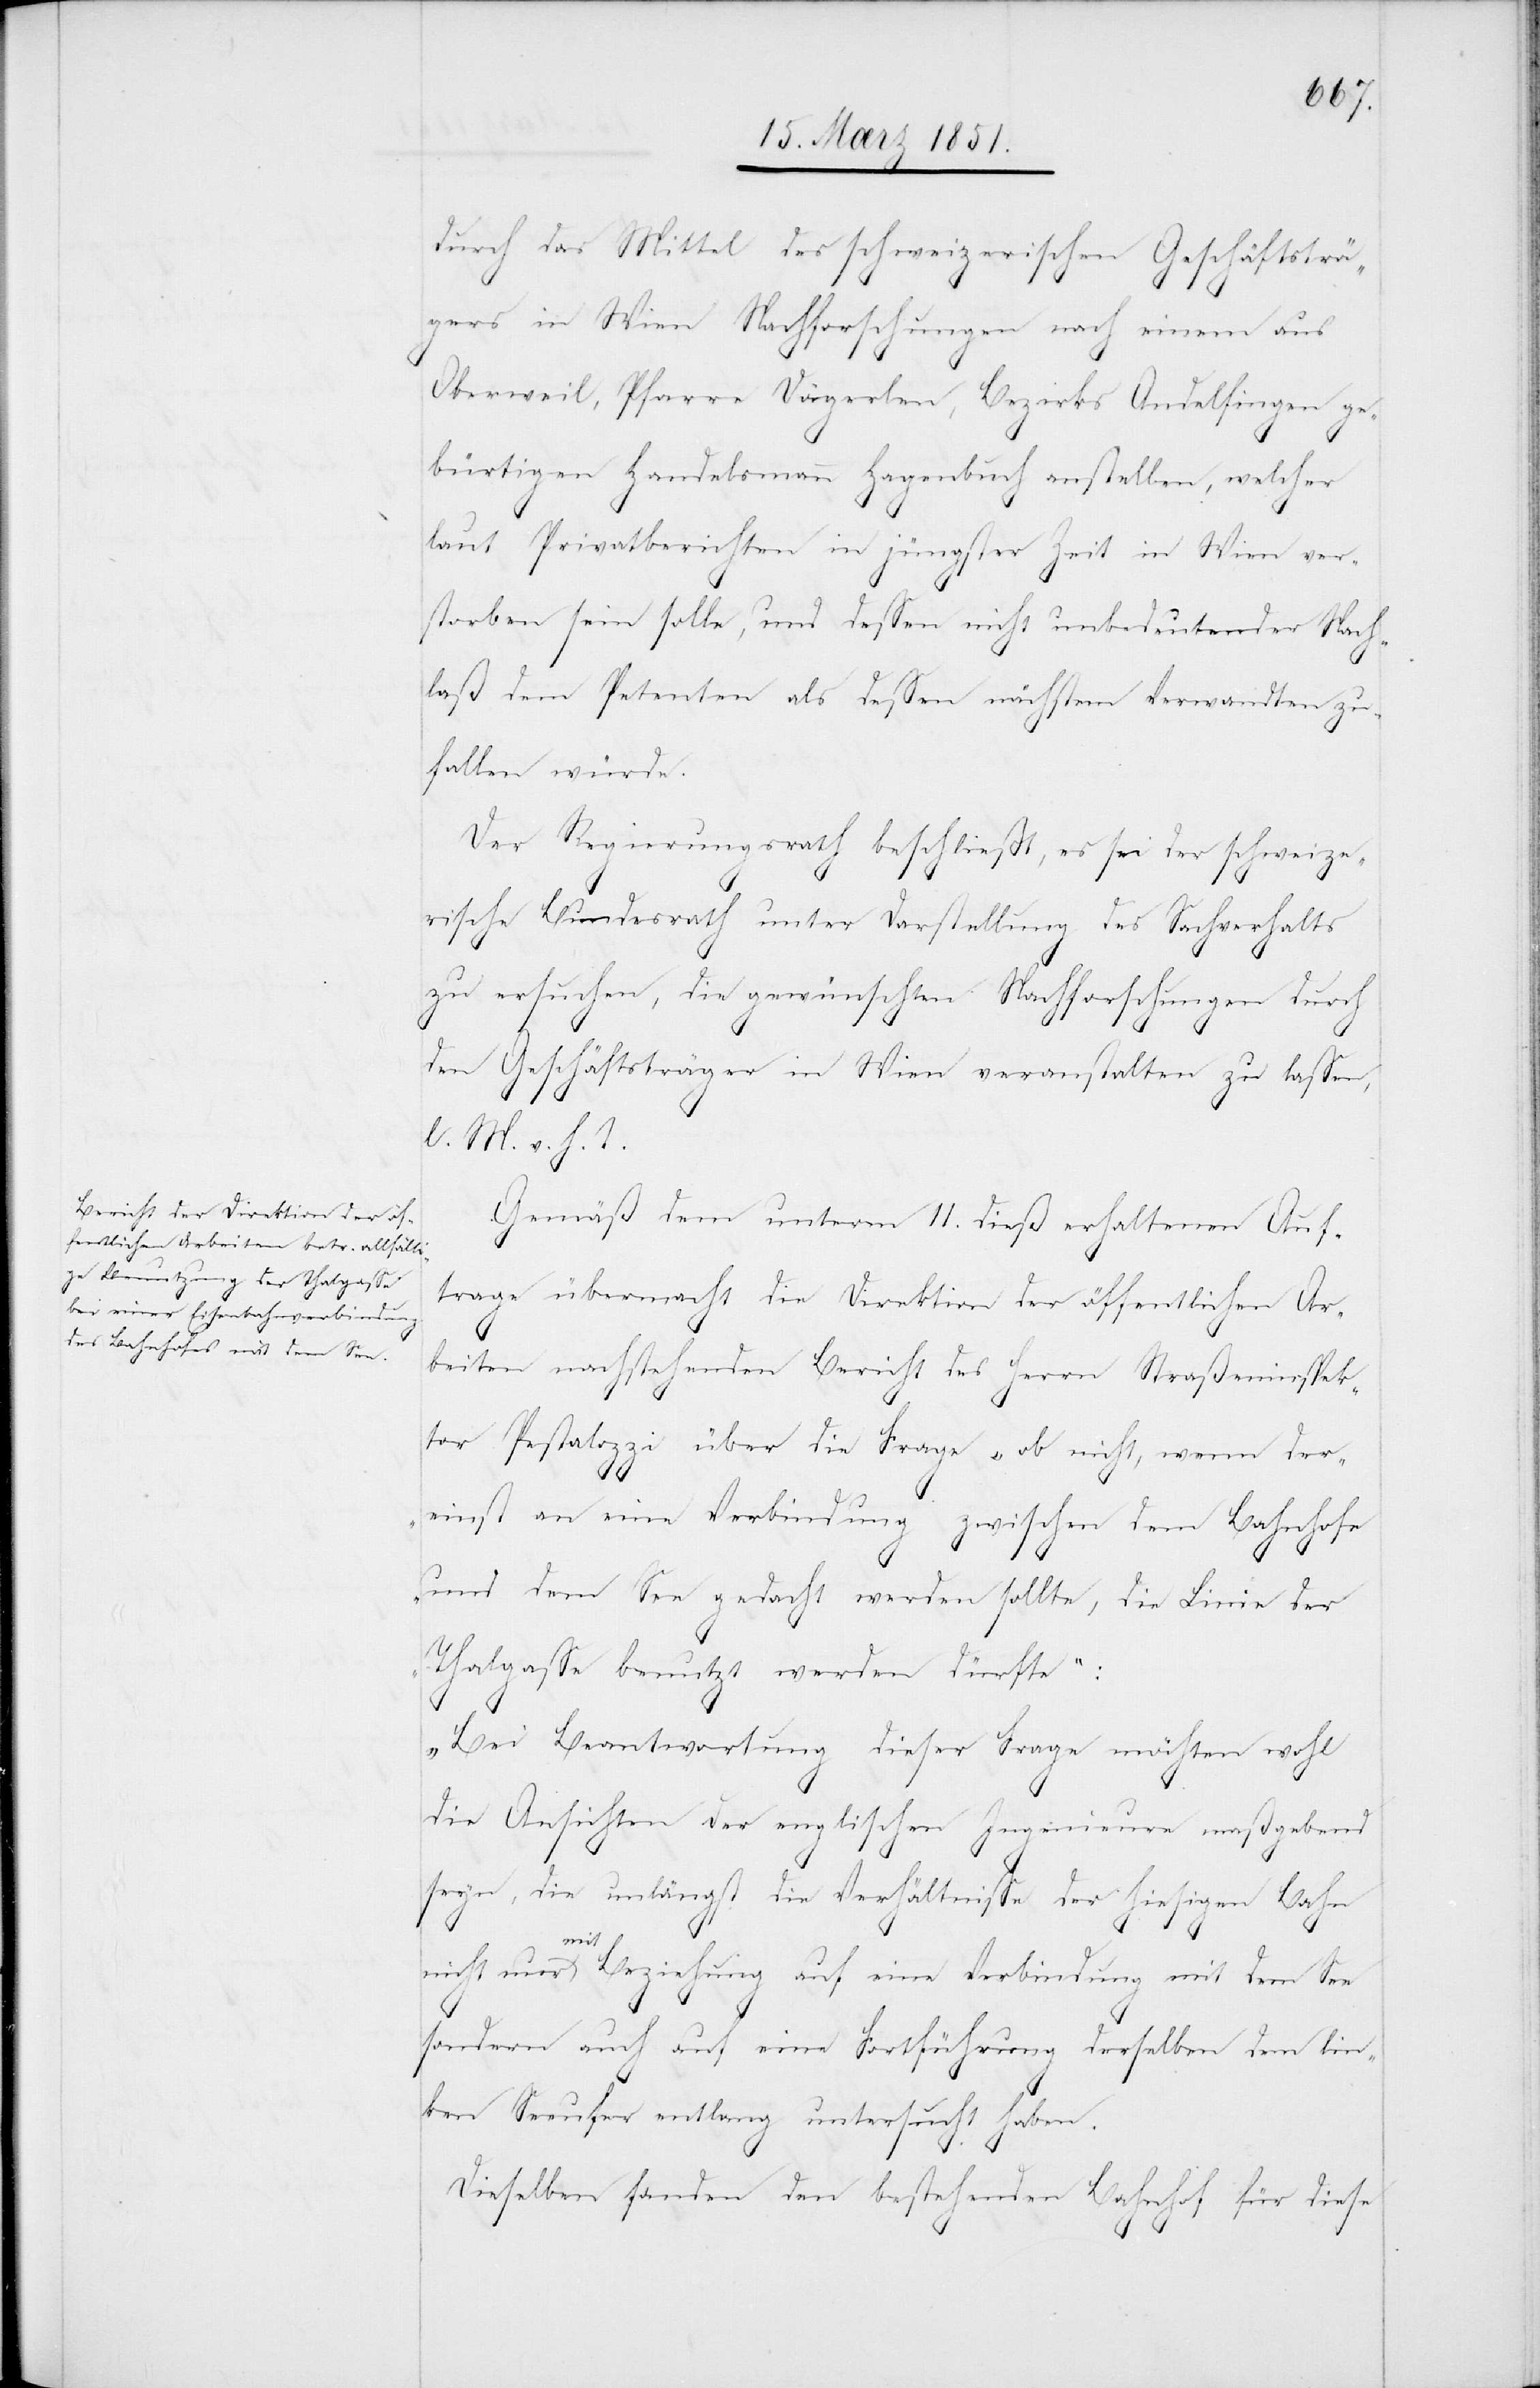
durch das Mittel des schweizerischen Geschäftsträ¬
gers in Wien Nachforschungen nach einem aus
Oberweil, Pfarre Dägerlen, Bezirks Andelfingen ge¬
bürtigen Handelsmann Hagenbuch anstellen, welcher
laut Privatberichten in jüngster Zeit in Wien ver¬
storben sein solle, und dessen nicht unbedeutender Nach¬
laß dem Petenten als dessen nächstem Verwandten zu¬
fallen würde.
Der Regierungsrath beschließt, es sei der schweize¬
rische Bundesrath unter Darstellung des Sachverhalts
zu ersuchen, die gewünschten Nachforschungen durch
den Geschäftsträger in Wien veranstalten zu lassen,
l. M. v. h.
Gemäß dem unterm 11. dieß erhaltenen Auf¬
trage übermacht die Direktion der öffentlichen Ar¬
beiten nachstehenden Bericht des Herrn Straßeninspek¬
tor Pestalozzi über die Frage „ob nicht, wenn der¬
einst an eine Verbindung zwischen dem Bahnhofe
und dem See gedacht werden sollte, die Linie der
Thalgasse benutzt werden dürfte“:
„Bei Beantwortung dieser Frage möchten wohl
T.
die Ansichten der englischen Ingenieure maßgebend
seyn, die unlängst die Verhältnisse der hiesigen Bahn
nicht nur mit Beziehung auf eine Verbindung mit dem See
sondern auch auf eine Fortführung derselben dem lin¬
ken Seeufer entlang untersucht haben.
Dieselben fanden den bestehenden Bahnhof für diese